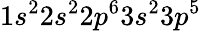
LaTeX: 1s^{2}2s^{2}2p^{6}3s^{2}3p^{5}